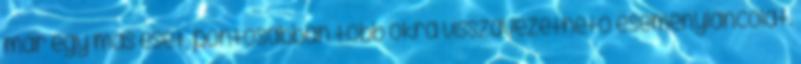
már egy más eset, pontosabban több okra visszavezethető eseményláncolat.